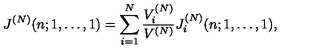
J ^ { ( N ) } ( n ; 1 , \ldots , 1 ) = \sum _ { i = 1 } ^ { N } \frac { V _ { i } ^ { ( N ) } } { V ^ { ( N ) } } J _ { i } ^ { ( N ) } ( n ; 1 , \ldots , 1 ) ,